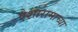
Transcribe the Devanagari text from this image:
ऐशारामाच्या